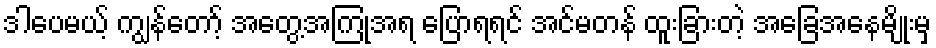
ဒါပေမယ့် ကျွန်တော့် အတွေ့အကြုံအရ ပြောရရင် အင်မတန် ထူးခြားတဲ့ အခြေအနေမျိုးမှ